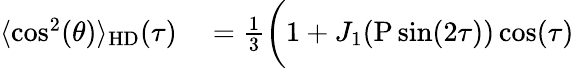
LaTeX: \begin{array}{rl}{\langle\cos^{2}(\theta)\rangle_{\mathrm{HD}}(\tau)}&{{}=\frac{1}{3}\bigg(1+J_{1}{\left(\mathrm{P}\sin(2\tau)\right)}\cos(\tau)}\end{array}